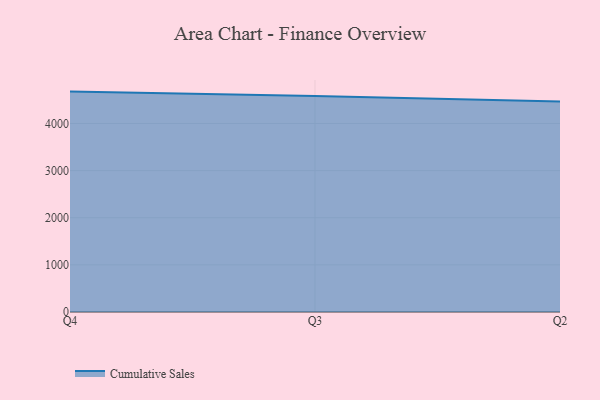
{"axis": {"x": "Quarter", "y": "Satisfaction Score"}, "legend": ["Cumulative Sales"], "data": [{"x": "Q4", "y": 4676.5, "type": "Cumulative Sales"}, {"x": "Q3", "y": 4583.7, "type": "Cumulative Sales"}, {"x": "Q2", "y": 4466.3, "type": "Cumulative Sales"}]}